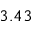
3 . 4 3